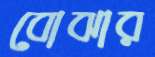
বোঝার